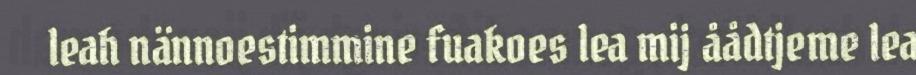
leah nännoestimmine fuakoes lea mij åådtjeme lea